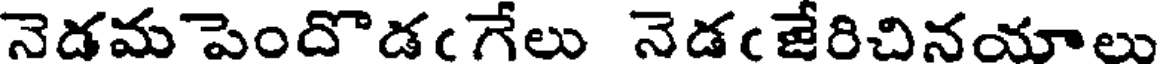
నెడమపెందొడఁగేలు నెడఁజేరిచినయాలు